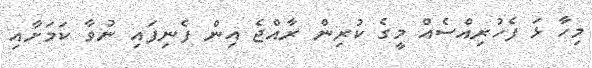
މިހާ ޅަ ފެހުރިއްސެއް މީގެ ކުރިން ރާއްޖެ އިން ފެނިފައި ނުވާ ކަމަށާއި